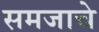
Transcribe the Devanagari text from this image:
समजाचे